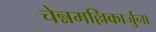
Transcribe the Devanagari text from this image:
चेन्नमल्लिकार्जुना